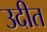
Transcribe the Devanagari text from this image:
उदीत